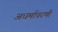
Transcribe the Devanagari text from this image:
अधर्माचरणी